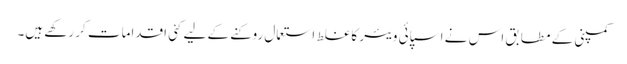
کمپنی کے مطابق اس نے اسپائی ویئر کا غلط استعمال روکنے کے لیے کئی اقدامات کر رکھے ہیں۔